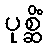
ပုစ္ဆိံ